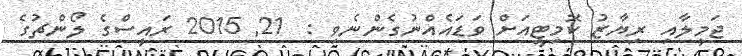
ޖަމީލާއި ރިޔާޒު ކޮމިޓީއަށް ވަޑައެއްނުގެންނެވި :  21